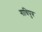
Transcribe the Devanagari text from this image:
गाधिपुत्र